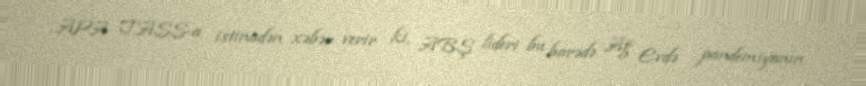
APA TASS-a istinadən xəbər verir ki, ABŞ lideri bu barədə Ağ Evdə pandemiyanın